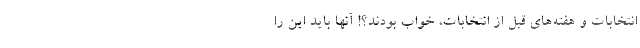
انتخابات و هفته‌های قبل از انتخابات، خواب بودند؟! آنها باید این را